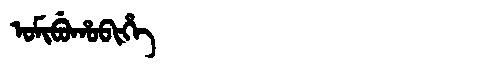
Manchu: ᠣᠮᡳᠪᡠᡥᠣᠪᡳᡥᡝ
Romanization: OMIBUHOBIHE